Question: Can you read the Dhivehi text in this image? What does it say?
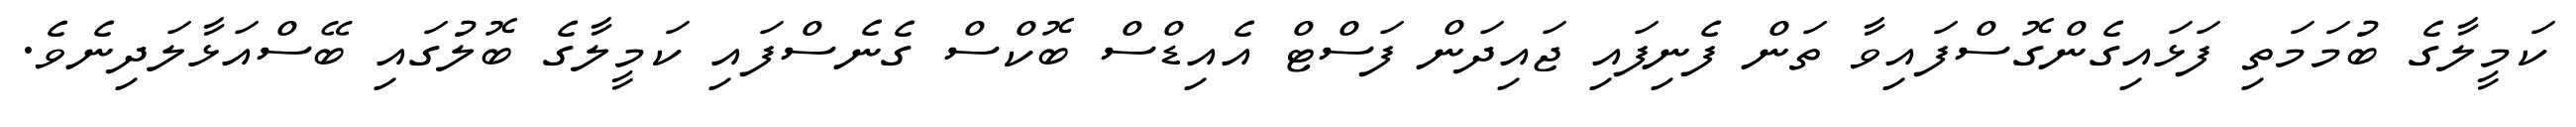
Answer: ކަމީލާގެ ބުމަމަތި ފަޅައިގެންގޮސްފައިވާ ތަން ފެނިފައި ޖައިދަން ފަސްޓް އެއިޑްސް ބޮކްސް ގެނެސްފައި ކަމީލާގެ ބޮލުގައި ބޭސްއަޅާލަދިނެވެ.